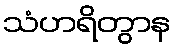
သံဟရိတွာန